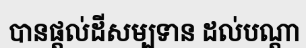
បានផ្តល់ដីសម្បទាន ដល់បណ្តា